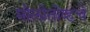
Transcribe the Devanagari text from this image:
मोलोतोव्हचे